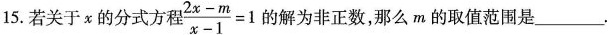
5.若关于α的分式方程 $$ \frac{2x-m}{x-1} = 1 $$ 的解为非正数，那么m的取值范围是____